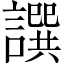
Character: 譔